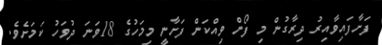
ފަށާފައިވާއިރު ދިރާގުން މި ފޯން ވިއްކަން ފަށާނީ މިމަހުގެ 18ވަނަ ދުވަހު ކަމަށެވެ.